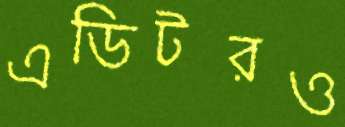
এডিটরও